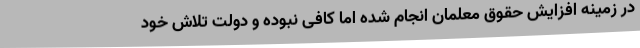
در زمینه افزایش حقوق معلمان انجام شده اما کافی نبوده و دولت تلاش خود